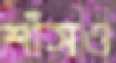
শাঁসও